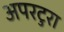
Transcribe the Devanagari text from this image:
अपरटुरा